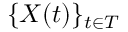
\{ X ( t ) \} _ { t \in T }